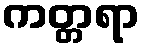
ကတ္တရာ